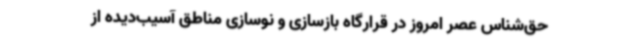
حق‌شناس عصر امروز در قرارگاه بازسازی و نوسازی مناطق آسیب‌دیده از